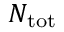
N _ { \mathrm { t o t } }